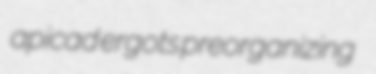
apicad ergots preorganizing